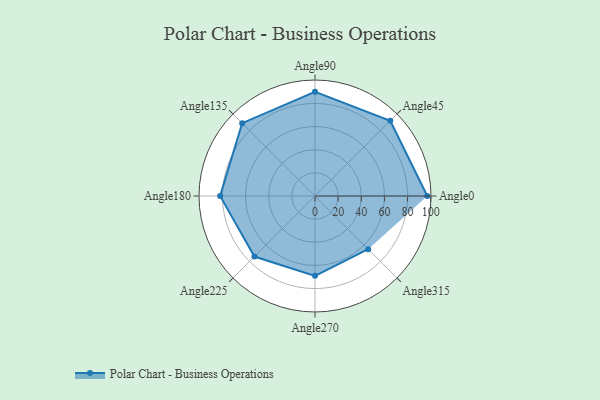
{"axis": {"x": "Angle", "y": "Radius"}, "legend": [""], "data": [{"x": "Angle0", "y": 97.0, "type": ""}, {"x": "Angle45", "y": 92.0, "type": ""}, {"x": "Angle90", "y": 90.0, "type": ""}, {"x": "Angle135", "y": 89.0, "type": ""}, {"x": "Angle180", "y": 82.0, "type": ""}, {"x": "Angle225", "y": 74.0, "type": ""}, {"x": "Angle270", "y": 69.0, "type": ""}, {"x": "Angle315", "y": 65.0, "type": ""}]}